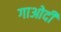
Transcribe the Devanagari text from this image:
गाओदी